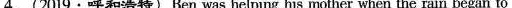
4.(2019·呼和浩特)Ben was helping his mother when the rain began to